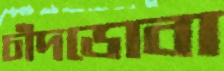
চাঁদডোবা